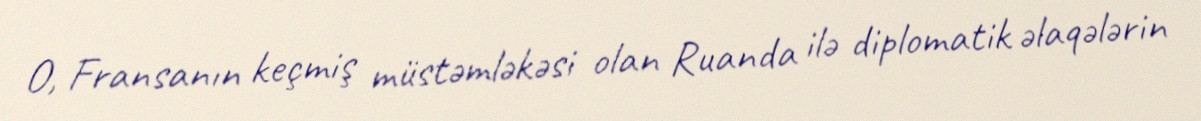
O, Fransanın keçmiş müstəmləkəsi olan Ruanda ilə diplomatik əlaqələrin